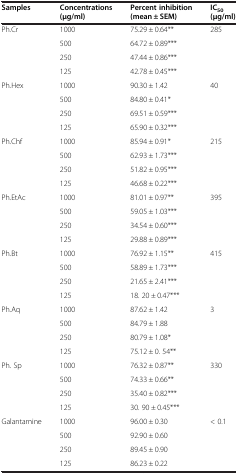
<table><thead><tr><td><b>Samples</b></td><td><b>Concentrations (μg/ml)</b></td><td><b>Percent inhibition (mean ± SEM)</b></td><td><b>IC<sub>50 </sub>(μg/ml)</b></td></tr></thead><tbody><tr><td rowspan="4">Ph.Cr</td><td>1000</td><td>75.29 ± 0.64**</td><td rowspan="4">285</td></tr><tr><td>500</td><td>64.72 ± 0.89***</td></tr><tr><td>250</td><td>47.44 ± 0.86***</td></tr><tr><td>125</td><td>42.78 ± 0.45***</td></tr><tr><td rowspan="4">Ph.Hex</td><td>1000</td><td>90.30 ± 1.42</td><td rowspan="4">40</td></tr><tr><td>500</td><td>84.80 ± 0.41*</td></tr><tr><td>250</td><td>69.51 ± 0.59***</td></tr><tr><td>125</td><td>65.90 ± 0.32***</td></tr><tr><td rowspan="4">Ph.Chf</td><td>1000</td><td>85.94 ± 0.91*</td><td rowspan="4">215</td></tr><tr><td>500</td><td>62.93 ± 1.73***</td></tr><tr><td>250</td><td>51.82 ± 0.95***</td></tr><tr><td>125</td><td>46.68 ± 0.22***</td></tr><tr><td rowspan="4">Ph.EtAc</td><td>1000</td><td>81.01 ± 0.97**</td><td rowspan="4">395</td></tr><tr><td>500</td><td>59.05 ± 1.03***</td></tr><tr><td>250</td><td>34.54 ± 0.60***</td></tr><tr><td>125</td><td>29.88 ± 0.89***</td></tr><tr><td rowspan="4">Ph.Bt</td><td>1000</td><td>76.92 ± 1.15**</td><td rowspan="4">415</td></tr><tr><td>500</td><td>58.89 ± 1.73***</td></tr><tr><td>250</td><td>21.65 ± 2.41***</td></tr><tr><td>125</td><td>18. 20 ± 0.47***</td></tr><tr><td rowspan="4">Ph.Aq</td><td>1000</td><td>87.62 ± 1.42</td><td rowspan="4">3</td></tr><tr><td>500</td><td>84.79 ± 1.88</td></tr><tr><td>250</td><td>80.79 ± 1.08*</td></tr><tr><td>125</td><td>75.12 ± 0. 54**</td></tr><tr><td rowspan="4">Ph. Sp</td><td>1000</td><td>76.32 ± 0.87**</td><td rowspan="4">330</td></tr><tr><td>500</td><td>74.33 ± 0.66**</td></tr><tr><td>250</td><td>35.40 ± 0.82***</td></tr><tr><td>125</td><td>30. 90 ± 0.45***</td></tr><tr><td rowspan="4">Galantamine</td><td>1000</td><td>96.00 ± 0.30</td><td rowspan="4">&lt; 0.1</td></tr><tr><td>500</td><td>92.90 ± 0.60</td></tr><tr><td>250</td><td>89.45 ± 0.90</td></tr><tr><td>125</td><td>86.23 ± 0.22</td></tr></tbody></table>